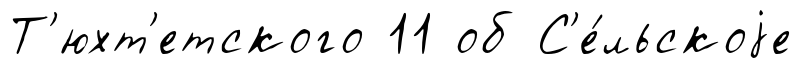
Т'юхт'етского 11 об С'е́льскоjе